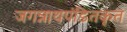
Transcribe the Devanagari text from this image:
जगन्नाथपंडितकृत